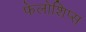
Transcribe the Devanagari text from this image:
फेलोशिप्स